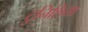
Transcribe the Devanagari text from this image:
टुनिशिया